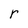
Character: r